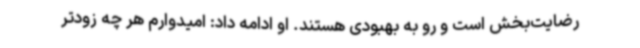
رضایت‌بخش است و رو به بهبودی هستند. او ادامه داد: امیدوارم هر چه زودتر